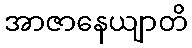
အာဇာနေယျာတိ